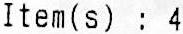
ITEM(S) : 4